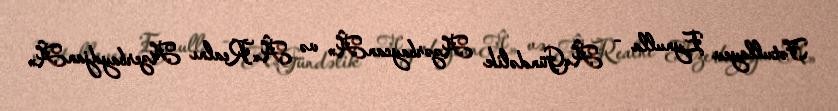
Fətullayev Eynulla - Â«Gündəlik AzərbaycanÂ» və Â«Realnı AzerbaydjanÂ»